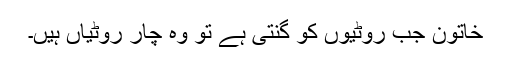
خاتون جب روٹیوں کو گنتی ہے تو وہ چار روٹیاں ہیں۔